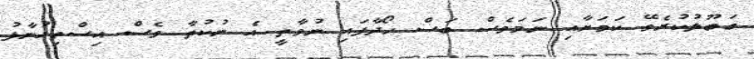
ގަބޫލުކުރެވޭ ކަމަށާއި ނަމަވެސް ބަސް ހޯދާފައި ނުވާތީ އެ ނުކުތާ ވެސް އިސްތިއުނާފު